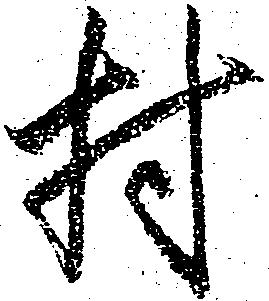
村